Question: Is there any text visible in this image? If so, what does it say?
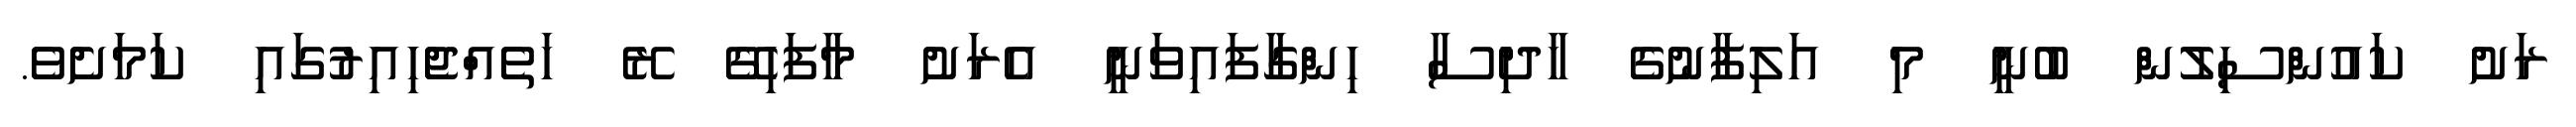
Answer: ރަށު ކައުންސިލުން ބުނީ މި އަލިފާނުގެ ހާދިސާ ހިންގާފައިވަނީ އެރަށު މާފަހިގޭ ރޭ ހަތެއްޖެހިއިރުގައި ކަމަށެވެ.